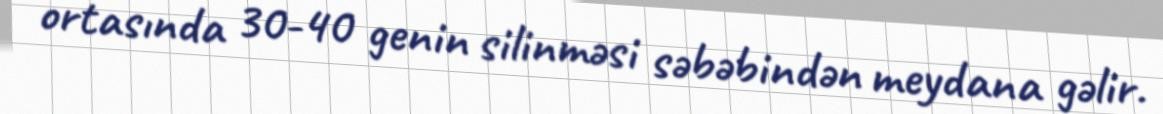
ortasında 30-40 genin silinməsi səbəbindən meydana gəlir.